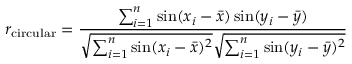
r _ { \mathrm { c i r c u l a r } } = { \frac { \sum _ { i = 1 } ^ { n } \sin ( x _ { i } - { \bar { x } } ) \sin ( y _ { i } - { \bar { y } } ) } { { \sqrt { \sum _ { i = 1 } ^ { n } \sin ( x _ { i } - { \bar { x } } ) ^ { 2 } } } { \sqrt { \sum _ { i = 1 } ^ { n } \sin ( y _ { i } - { \bar { y } } ) ^ { 2 } } } } }